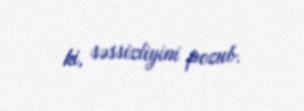
ki, səssizliyini pozub.